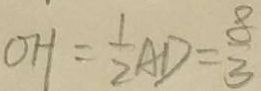
O H = \frac { 1 } { 2 } A D = \frac { 8 } { 3 }